Lunatic asylums Bombay report 1891-1903 - 1891-1903
Year: 1891
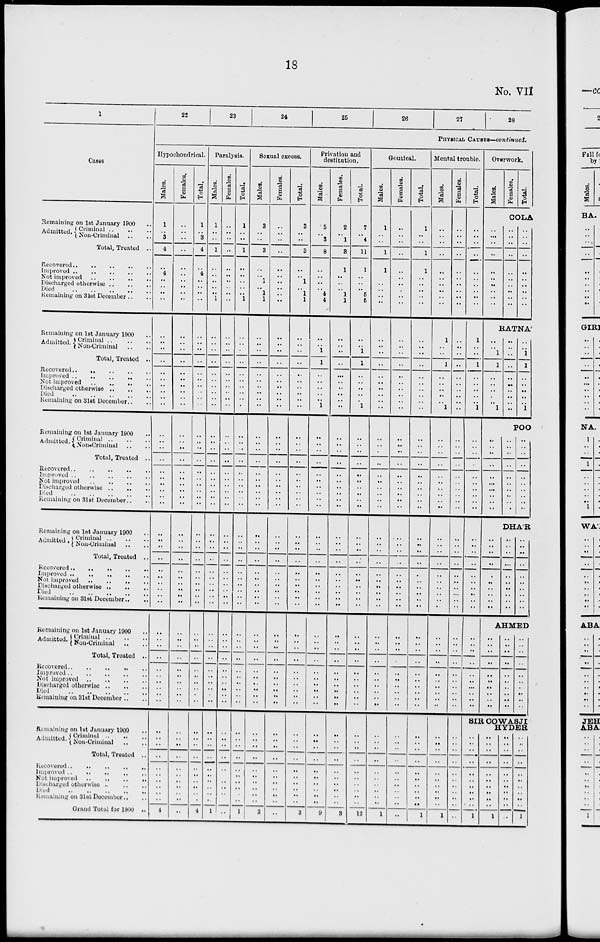
18
No. VII
1
Cases
Remaining on 1st January 1900 ..
Admitted. Criminal
..
..
..
Non-Criminal .. ..
Total, Treated ..
Recovered .. .. .. .. ..
Improved .. .. .. .. ..
Not improved .. .. .. ..
Discharged otherwise .. .. ..
Died
..
..
..
..
..
Remaining on 31st December .. ..
Remaining on 1st January 1900 ..
Admitted. Criminal .. .. ..
Non-Criminal .. ..
Total, Treated ..
Recovered .. .. .. .. ..
Improved .. .. .. .. ..
Not improved .. .. .. ..
Discharged otherwise .. .. ..
Died .. .. .. .. ..
Remaining on 31st December .. ..
Remaining on 1st January 1900 ..
Admitted. Criminal .. .. ..
Non-Criminal .. ..
Total, Treated ..
Recovered .. .. .. .. ..
Improved .. .. .. .. ..
Not improved .. .. .. ..
Discharged otherwise
..
..
..
Died .. .. .. .. ..
Remaining on 31st December .. ..
Remaining on 1st January 1900
Admitted . Criminal
..
..
..
Non-Criminal .. ..
Total, Treated ..
Recovered .. .. .. .. ..
Improved .. .. .. .. ..
Not improved .. .. .. ..
Discharged otherwise .. .. .. ..
Died
..
..
..
..
Remaining on 31st December .. ..
Remaining on 1st January 1900
Admitted. Criminal .. .. ..
Non-Criminal .. ..
Total, Treated ..
Recovered .. .. .. .. .. ..
Improved .. .. .. .. .. ..
Not improved
..
..
..
..
Discharged otherwise .. .. ..
Died .. .. .. .. ..
Remaining on 31st December
Remaining on 1st January 1900
Admitted. Criminal
..
..
..
Non-Criminal .. ..
Total, Treated ..
Recovered .. .. .. .. ..
Improved .. .. .. .. ..
Not improved
..
..
..
..
Discharged otherwise
..
..
..
Died .. .. .. .. ..
Remaining on 31st December .. ..
Grand Total for 1900 ..
22
23
24
25
26
27
28
PHYSICAL CAUSES—continued.
Hypochondrical.
Males.
1
..
3
4
..
4
..
..
..
..
..
..
..
..
..
..
..
..
..
..
..
..
..
..
..
..
..
..
..
..
..
..
..
..
..
..
..
..
..
..
..
..
..
..
..
.. ..
..
.. ..
..
..
..
..
..
..
..
..
..
..
4
Females.
..
..
..
..
..
..
..
..
..
..
..
..
..
..
..
..
..
..
..
..
..
..
..
..
..
..
..
..
..
..
..
..
..
..
..
..
..
..
..
..
..
..
..
..
..
..
..
..
..
..
..
..
..
..
..
..
..
..
..
..
..
Total.
1
..
3
4
..
4
..
..
..
..
..
..
..
..
..
..
..
..
..
..
..
..
..
..
..
.. ..
..
..
..
..
..
..
..
..
..
..
..
..
..
..
..
..
..
..
..
..
..
..
..
. .
..
..
..
..
..
..
..
..
..
4
Paralysis.
Males.
1
..
..
1
..
..
..
..
..
1
..
..
..
..
..
..
..
..
..
..
..
..
..
..
..
..
..
..
..
..
..
..
..
..
..
..
..
..
..
..
..
..
..
..
..
..
..
..
..
..
..
..
..
..
..
..
..
..
..
..
1
Females.
..
..
..
..
..
..
..
..
..
..
..
..
..
..
..
..
..
..
..
..
..
..
..
..
..
..
..
..
..
..
..
..
..
..
..
..
..
..
..
..
..
..
..
..
..
..
..
..
..
..
..
..
..
..
..
..
..
..
..
..
..
Total.
1
..
..
1
..
..
..
..
..
1
..
..
..
..
..
..
..
..
..
..
..
..
..
..
..
..
..
..
..
..
..
..
..
..
..
..
..
..
..
..
..
..
..
..
..
..
..
..
..
..
..
..
..
..
..
..
..
..
.. ..
1
Sexual excess.
Males.
3
..
..
3
..
..
1
..
1
1
..
.. ..
..
..
..
..
..
..
..
..
..
..
..
..
..
..
..
..
..
..
..
..
..
..
..
..
..
..
..
..
..
..
..
..
..
..
..
..
..
..
..
..
..
..
..
..
..
..
..
3
Females.
..
..
..
..
..
..
..
..
..
..
..
..
..
. .
..
..
..
..
..
..
..
..
..
..
..
.. ..
..
..
..
..
..
..
..
..
..
..
..
..
..
..
..
..
..
..
.. ..
..
..
..
..
..
..
. .
..
..
..
..
..
..
..
Total.
3
..
..
3
..
..
1
..
1
1
..
..
..
..
..
..
..
..
..
..
..
..
..
..
..
..
..
..
..
..
..
..
..
. .
..
..
..
..
..
..
..
..
..
. .
..
..
..
. .
..
..
..
..
..
..
. .
..
..
..
..
..
3
Privation and
destitution.
Males.
5
..
3
8
..
..
..
..
4
4
..
..
1
1
..
..
..
..
..
1
..
..
..
. .
..
..
..
..
..
..
..
..
..
. .
. .
..
..
..
..
..
..
..
..
. .
..
.. ..
..
..
..
..
. .
..
. .
..
..
..
..
..
..
9
Females.
2
..
1
3
1
..
..
..
1
1
..
..
..
..
..
..
..
..
..
..
..
..
..
..
..
..
..
..
..
..
..
..
..
..
..
..
..
..
..
..
..
..
..
..
..
..
..
..
.. ..
. .
..
..
. .
..
..
..
..
..
..
3
Total.
7
..
4
11
1
..
..
..
6
5
..
..
1
1
..
..
..
..
..
1
..
..
..
. .
..
..
..
..
..
. .
..
..
. .
..
..
..
..
..
..
..
..
..
..
..
..
..
..
..
..
..
..
..
..
. .
..
..
..
..
..
..
12
Goutical.
Males.
1
..
..
1
1
..
..
..
..
..
..
..
..
. .
..
..
..
..
..
..
..
..
..
..
..
..
..
..
..
..
..
..
..
. .
..
..
..
..
..
..
..
..
..
. .
..
.. ..
..
.. ..
..
..
..
. .
..
. .
. .
..
..
..
1
Females.
..
..
..
..
..
..
..
..
..
..
..
..
..
..
..
..
. .
..
..
..
..
..
..
..
..
.. ..
..
..
..
..
..
..
..
..
..
..
..
..
..
..
..
..
..
..
..
..
..
..
..
..
..
..
..
..
..
..
..
..
..
. .
Total.
1
..
..
1
1
..
..
..
..
..
..
..
..
. .
..
..
..
..
..
..
..
..
..
..
..
..
..
..
..
..
..
..
..
. .
..
..
..
..
..
..
..
..
..
..
..
..
..
..
..
..
..
..
..
..
..
. .
..
..
..
. .
1
Mental trouble.
Males.
..
..
..
..
..
..
..
..
..
..
1
.. ..
1
..
..
..
..
..
1
..
..
..
..
..
..
..
..
..
..
..
..
..
..
..
..
..
..
..
..
..
..
..
..
..
..
..
..
..
..
..
..
..
..
..
..
..
..
..
..
1
Females.
..
..
..
..
..
..
..
..
..
..
..
..
..
..
..
..
..
..
..
..
..
..
..
..
..
..
..
..
..
..
..
..
..
..
..
..
..
..
..
..
..
..
..
..
..
..
..
..
..
..
..
..
..
..
..
..
..
..
..
..
..
Total.
..
..
..
..
..
..
..
..
..
..
1
.. ..
1
..
..
..
..
..
1
..
..
..
..
..
..
..
..
..
..
..
..
..
..
..
..
..
..
..
..
..
..
..
..
..
..
..
..
..
..
Overwork.
Males.
Females.
Total.
COLA
..
...
..
..
..
..
..
..
..
..
..
..
..
..
..
..
..
..
..
..
..
..
..
..
..
..
..
..
..
..
RATNA'
..
.. 1
1
..
..
..
..
..
1
..
..
..
..
..
..
..
..
..
..
..
.. ..
..
..
..
..
..
..
..
..
.. 1
1
..
..
..
..
..
1
POO
..
..
..
..
..
..
..
..
..
..
..
..
..
..
..
..
..
..
..
..
DHA'R
..
..
..
..
..
..
..
..
..
..
..
..
..
..
..
..
..
..
..
..
..
..
..
. .
..
..
..
..
..
AHMED
..
..
..
..
..
..
..
..
..
..
..
..
. .
..
..
..
..
..
..
..
..
..
..
..
..
..
..
..
..
..
SIR COWASJI
HYDER
..
..
..
..
..
..
..
..
.. ..
1
..
..
..
..
..
..
..
..
.. ..
1
..
..
..
..
..
..
..
..
..
..
..
..
..
..
..
..
..
..
..
..
1